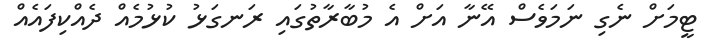
ޓީމަށް ނެގި ނަމަވެސް އޭނާ އަށް އެ މުބާރާތުގައި ރަނގަޅު ކުޅުމެއް ދެއްކިފައެއް